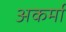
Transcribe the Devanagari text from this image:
अकर्मा